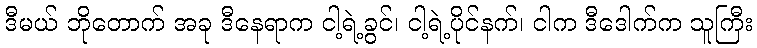
ဒီမယ် ဘိုတောက် အခု ဒီနေရာက ငါ့ရဲ့ခွင်၊ ငါ့ရဲ့ပိုင်နက်၊ ငါက ဒီဒေါက်က သူကြီး